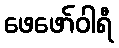
ဖေဖော်ဝါရီ